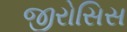
જીરોસિસ